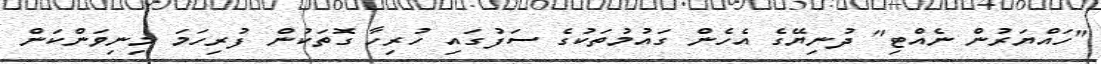
"ހައްޔަރުން ނެއްޓި" ދުނިޔޭގެ އެހެން ގައުމުތަކުގެ ސަފުގައި ހުރިހާ ގޮތަކުން ފުރިހަމަ މިނިވަންކަން